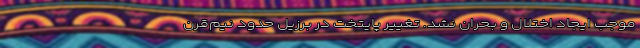
موجب ايجاد اختلال و بحران نشد. تغییر پایتخت در برزیل حدود نیم‌قرن